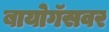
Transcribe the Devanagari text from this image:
बायोगॅसवर